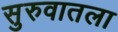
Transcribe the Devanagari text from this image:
सुरुवातला